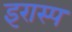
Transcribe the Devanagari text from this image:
इरास्प